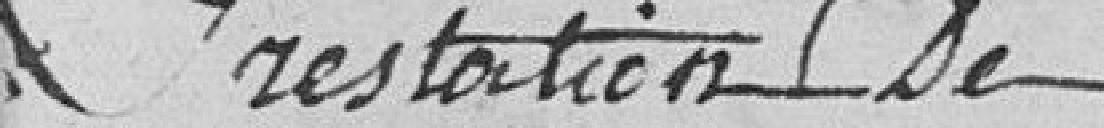
Prestation de